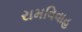
રામવિવાહ